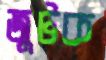
জুটক